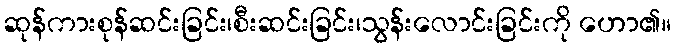
ဆုန်ကားစုန်ဆင်းခြင်း၊စီးဆင်းခြင်း၊သွန်းလောင်းခြင်းကို ဟော၏။